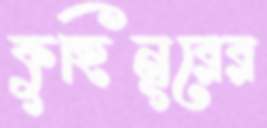
কুহিনূরের